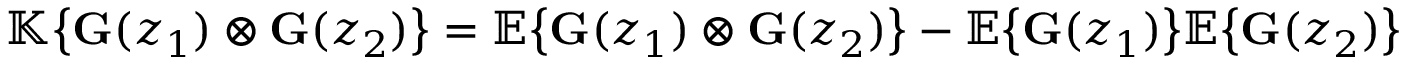
\begin{array} { r } { \mathbb { K } \big \lbrace { \mathbf { G } } ( z _ { 1 } ) \otimes { \mathbf { G } } ( z _ { 2 } ) \big \rbrace = \mathbb { E } \big \lbrace { \mathbf { G } } ( z _ { 1 } ) \otimes { \mathbf { G } } ( z _ { 2 } ) \big \rbrace - \mathbb { E } \big \lbrace { \mathbf { G } } ( z _ { 1 } ) \big \rbrace \mathbb { E } \big \lbrace { \mathbf { G } } ( z _ { 2 } ) \big \rbrace } \end{array}